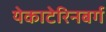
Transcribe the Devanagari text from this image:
येकाटेरिनबर्ग